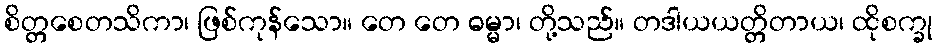
စိတ္တစေတသိကာ၊ ဖြစ်ကုန်သော။ တေ တေ ဓမ္မာ၊ တို့သည်။ တဒါယယတ္တိတာယ၊ ထိုစက္ခု